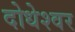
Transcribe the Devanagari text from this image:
दोधेश्वर